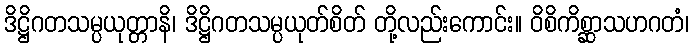
ဒိဋ္ဌိဂတသမ္ပယုတ္တာနိ၊ ဒိဋ္ဌိဂတသမ္ပယုတ်စိတ် တို့လည်းကောင်း။ ဝိစိကိစ္ဆာသဟဂတံ၊